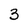
Character: 3